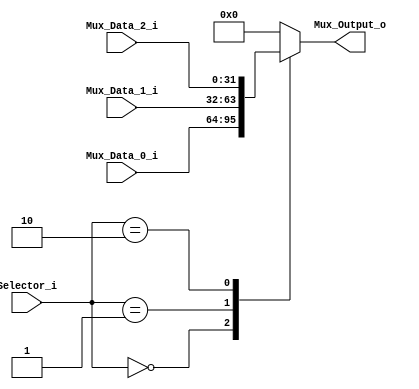
/**
	Modulo creado para la entrada de PC + 4 a un registro.
**/

module Multiplexer_3_to_1
#(
	parameter NBits = 32
)
(
	input [1:0]Selector_i,
	input [NBits-1:0] Mux_Data_0_i,
	input [NBits-1:0] Mux_Data_1_i,
   input [NBits-1:0] Mux_Data_2_i,
	
	output reg [NBits-1:0] Mux_Output_o

);

//localparam immediate_plus_4 = 10;

	always@(Selector_i ,Mux_Data_1_i ,Mux_Data_0_i, Mux_Data_2_i) begin
		case(Selector_i)
            00:
			    Mux_Output_o = Mux_Data_0_i;
            01:
			    Mux_Output_o = Mux_Data_1_i;
            02:
             Mux_Output_o = Mux_Data_2_i;
				default:
				 Mux_Output_o = 32'b0;
      endcase
	end

endmodule